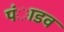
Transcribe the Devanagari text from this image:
पंाडव